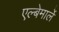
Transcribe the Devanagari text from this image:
एल्बेमार्ले